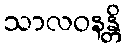
သာလဝနန္တိ